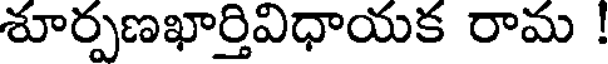
శూర్పణఖార్తివిధాయక రామ !